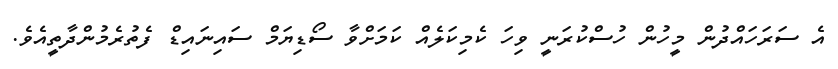
އެ ސަރަަހައްދުން މީހުން ހުސްކުރަނީ ވިހަ ކެމިކަލެއް ކަމަށްވާ ސޯޑިޔަމް ސައިނައިޑް ފެތުރެމުންދާތީއެވެ.